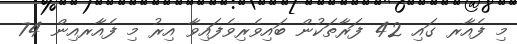
މި ފެއާރ ގައި 42 ފަރާތަކުން ބައިވެރިވެފައިވާ އިރު މި ފެއާރއިން 74